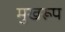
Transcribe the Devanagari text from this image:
मुखरूप